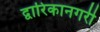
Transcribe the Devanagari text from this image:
द्वारिकानगरी